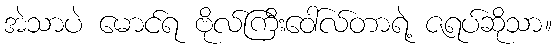
အဲသာပဲ မောင်ရ ဗိုလ်ကြီးဝေါ်လ်တာရဲ့ ဇရပ်ဆိုသာ။